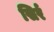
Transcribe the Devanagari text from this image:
सिर्र